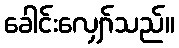
ခေါင်းလျှော်သည်။